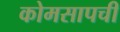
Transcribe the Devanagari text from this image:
कोमसापची